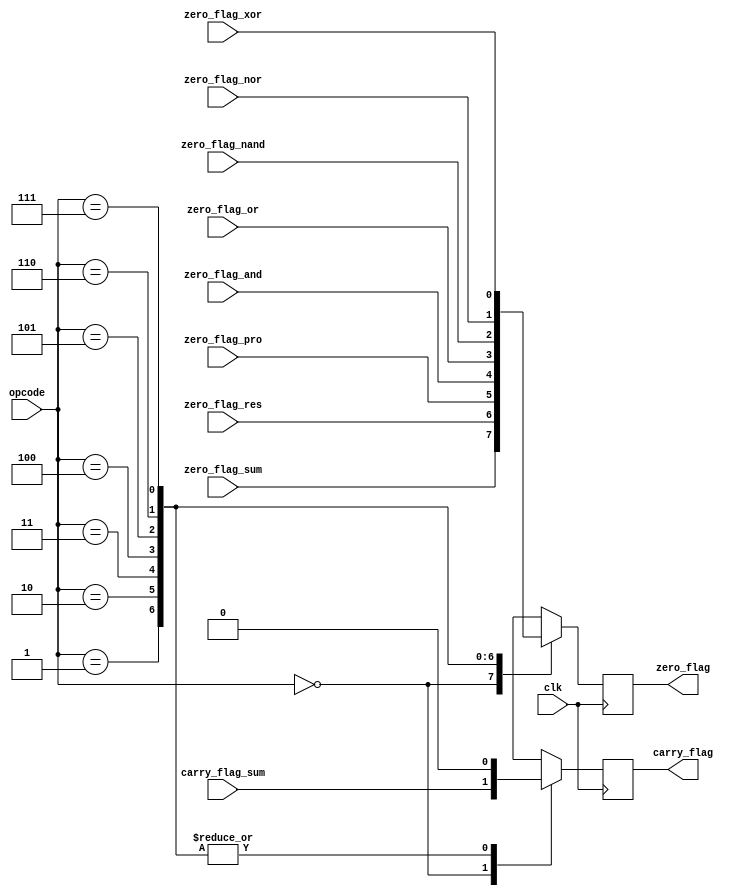
module flags(
	//inputs
	input clk,
	input [2:0] opcode,
	
	input carry_flag_sum,
	input zero_flag_sum,
	
	input zero_flag_res,
	input zero_flag_pro,
	input zero_flag_and,
	input zero_flag_or,
	input zero_flag_nand,
	input zero_flag_nor,
	input zero_flag_xor,
	
	//outputs
	output reg carry_flag,
	output reg zero_flag
);

parameter SUM=3'b000,RES=3'b001,PRO=3'b010,ANDS=3'b011,ORS=3'b100,NANDS=3'b101,NORS=3'b110,XORS=3'b111;

always@(posedge clk) begin
	case(opcode)
		SUM:
			begin
				carry_flag <= carry_flag_sum;
				zero_flag <= zero_flag_sum;
			end
		RES:
			begin
				carry_flag <= 0;
				zero_flag <= zero_flag_res;
			end
		PRO:
			begin
				carry_flag <= 0;
				zero_flag <= zero_flag_pro;
			end
		ANDS:
			begin
				carry_flag <= 0;
				zero_flag <= zero_flag_and;
			end
		ORS:
			begin
				carry_flag <= 0;
				zero_flag <= zero_flag_or;
			end
		NANDS:
			begin
				carry_flag <= 0;
				zero_flag <= zero_flag_nand;
			end
		NORS:
			begin
				carry_flag <= 0;
				zero_flag <= zero_flag_nor;
			end
		XORS:
			begin
				carry_flag <= 0;
				zero_flag <= zero_flag_xor;
			end
		default:
			begin
				carry_flag <= 0;
				zero_flag <= 0;
			end
		endcase
end

endmodule